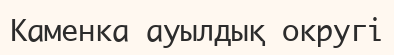
Каменка ауылдық округі